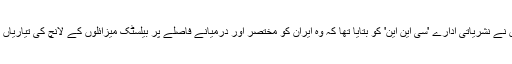
نامعلوم امریکی عہدیداروں نے نشریاتی ادارے 'سی این این' کو بتایا تھا کہ وہ ایران کو مختصر اور درمیانے فاصلے پر بیلسٹک میزائلوں کے لانچ کی تیاریاں تیز کرتے دیکھ رہے ہیں۔